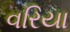
વરિયા